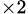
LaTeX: _{\times 2}